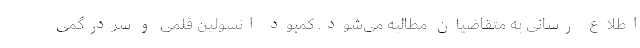
اطلاع رسانی به متقاضیان مطالبه می‌شود. کمبود انسولین قلمی و سردرگمی